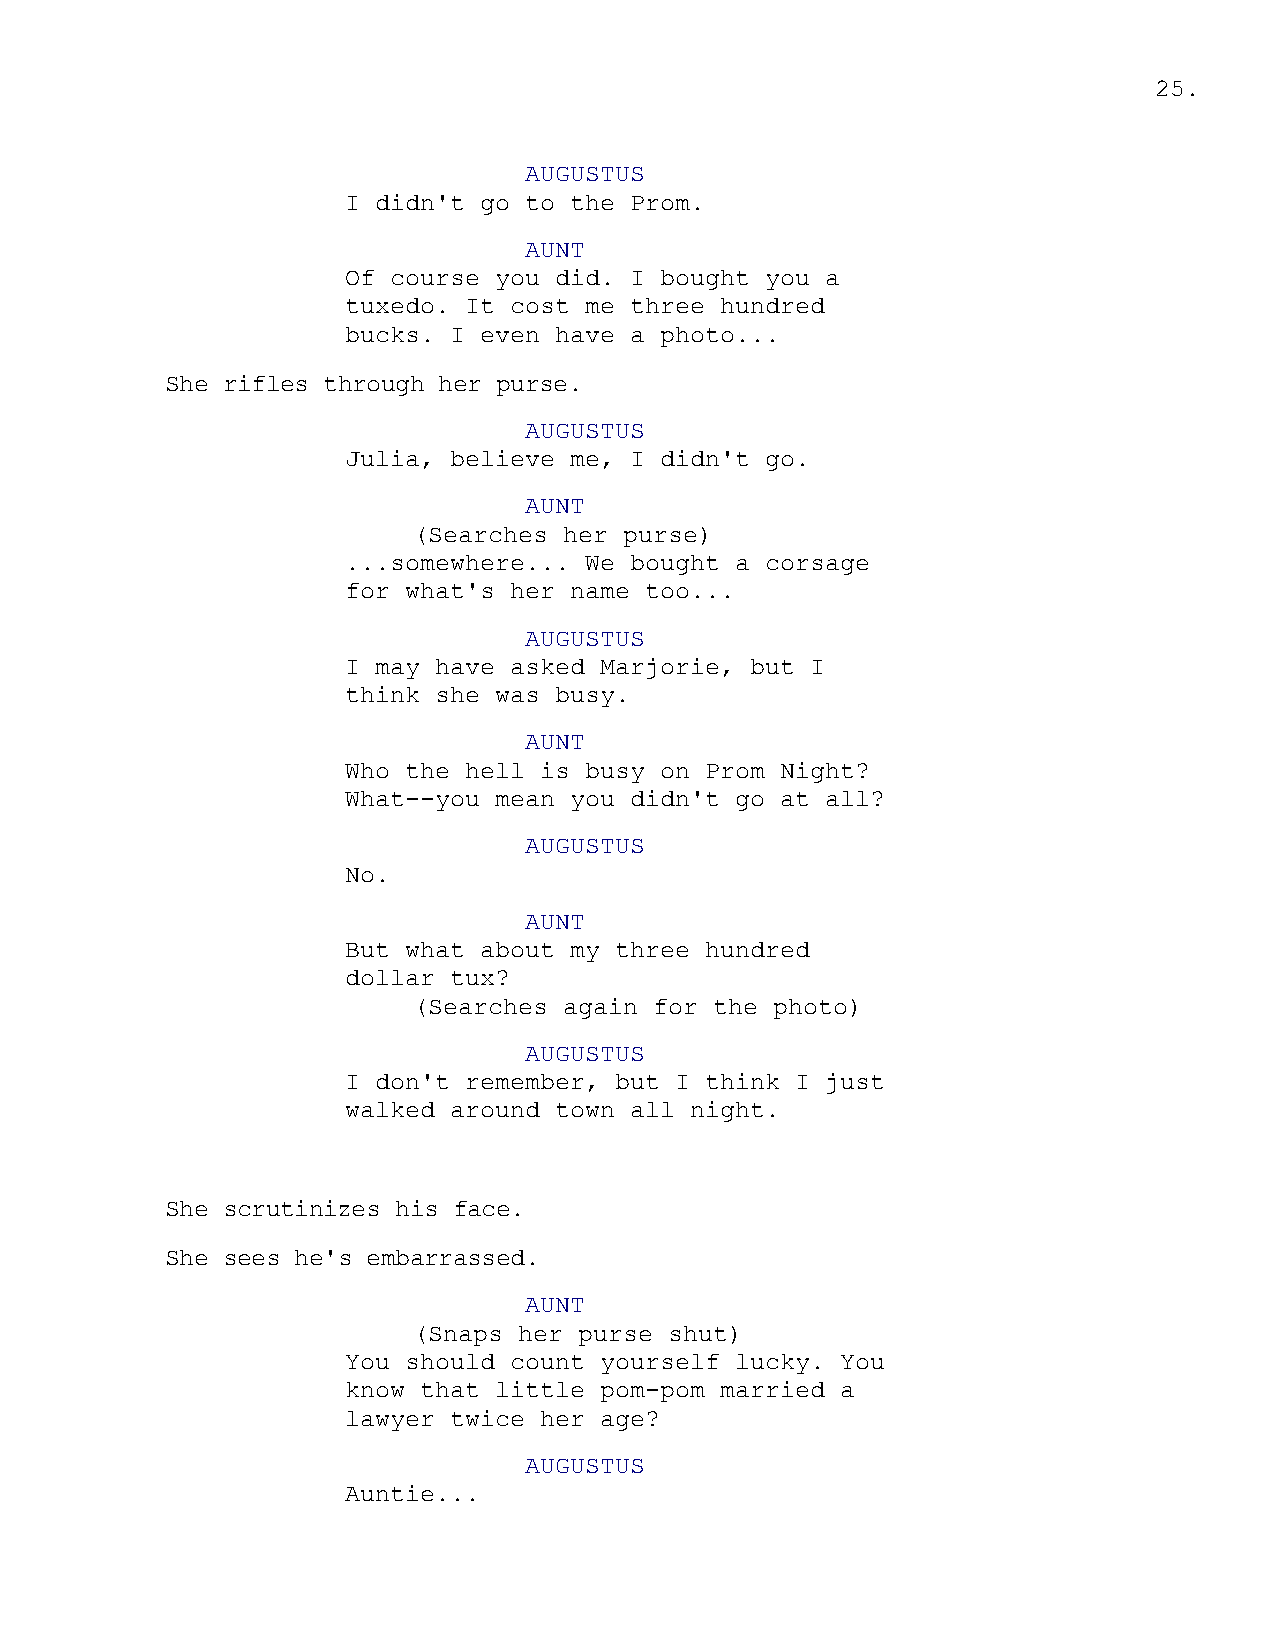
25.
 AUGUSTUS
 I didn't go to the Prom.
 AUNT
 Of course you did. I bought you a
 tuxedo. It cost me three hundred
 bucks. I even have a photo...
 She rifles through her purse.
 AUGUSTUS
 Julia, believe me, I didn't go.
 AUNT
 (Searches her purse)
 ...somewhere... We bought a corsage
 for what's her name too...
 AUGUSTUS
 I may have asked Marjorie, but I
 think she was busy.
 AUNT
 Who the hell is busy on Prom Night?
 What--you mean you didn't go at all?
 AUGUSTUS
 No.
 AUNT
 But what about my three hundred
 dollar tux?
 (Searches again for the photo)
 AUGUSTUS
 I don't remember, but I think I just
 walked around town all night.
 She scrutinizes his face.
 She sees he's embarrassed.
 AUNT
 (Snaps her purse shut)
 You should count yourself lucky. You
 know that little pom-pom married a
 lawyer twice her age?
 AUGUSTUS
 Auntie...